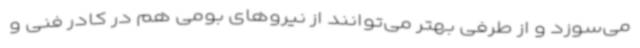
می‌سوزد و از طرفی بهتر می‌توانند از نیروهای بومی هم در کادر فنی و